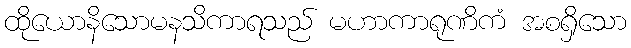
ထိုယောနိသောမနသိကာရသည် မဟာကာရုဏိကံ အစရှိသော